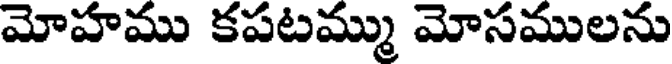
మోహము కపటమ్ము మోసములను